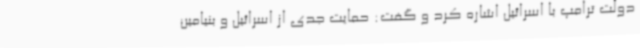
دولت ترامپ با اسرائیل اشاره کرد و گفت: حمایت جدی از اسرائیل و بنیامین